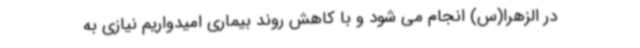
در الزهرا(س) انجام می شود و با کاهش روند بیماری امیدواریم نیازی به